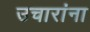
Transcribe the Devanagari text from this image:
उचारांना